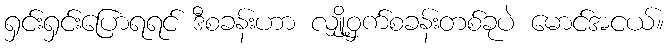
ရှင်းရှင်းပြောရရင် ဒီစခန်းဟာ လျှို့ဝှက်စခန်းတစ်ခုပဲ မောင်အငယ်။